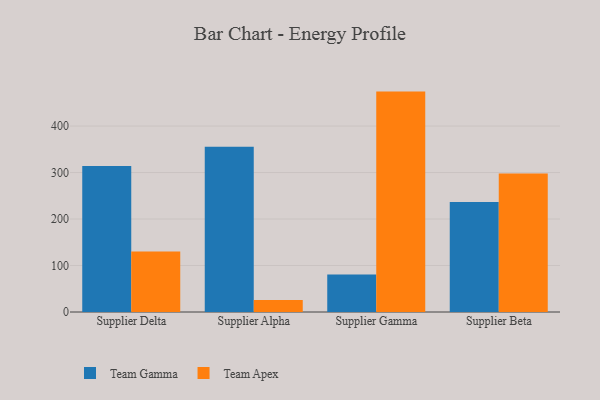
{"axis": {"x": "Supplier", "y": "LTV (USD)"}, "legend": ["Team Apex", "Team Gamma"], "data": [{"x": "Supplier Delta", "y": 314.2, "type": "Team Gamma"}, {"x": "Supplier Delta", "y": 130.2, "type": "Team Apex"}, {"x": "Supplier Alpha", "y": 355.2, "type": "Team Gamma"}, {"x": "Supplier Alpha", "y": 25.7, "type": "Team Apex"}, {"x": "Supplier Gamma", "y": 80.4, "type": "Team Gamma"}, {"x": "Supplier Gamma", "y": 474.1, "type": "Team Apex"}, {"x": "Supplier Beta", "y": 236.6, "type": "Team Gamma"}, {"x": "Supplier Beta", "y": 298.1, "type": "Team Apex"}]}